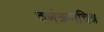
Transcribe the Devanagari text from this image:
वर्णक्रमचित्र